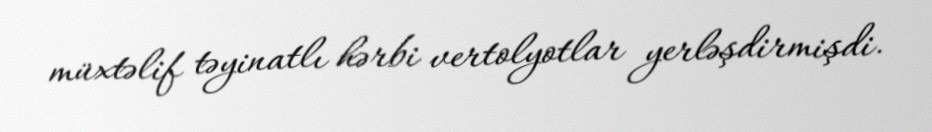
müxtəlif təyinatlı hərbi vertolyotlar yerləşdirmişdi.